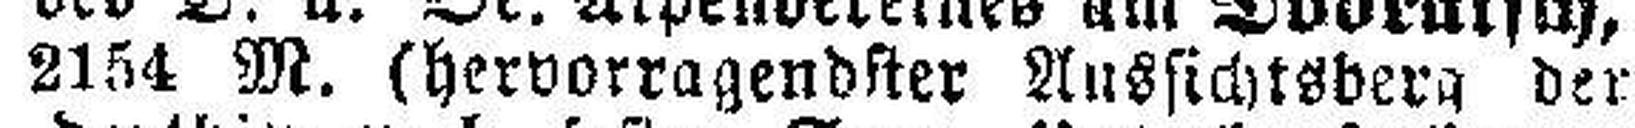
2154 M. (hervorragendster Aussichtsberg der